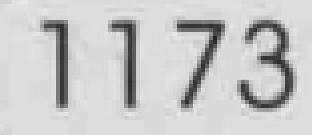
1173